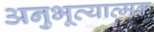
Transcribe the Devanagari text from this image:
अनुभूत्यात्मक